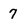
Character: 7